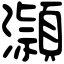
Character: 𪷿